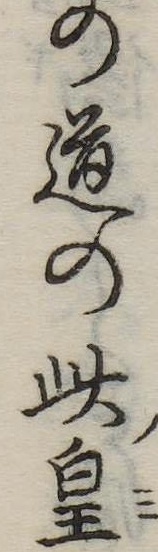
の道の此皇